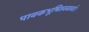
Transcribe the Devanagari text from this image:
पावकभूषितवक्त्रवरे।